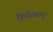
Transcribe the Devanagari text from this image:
हिदेरबाद्